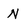
Character: N